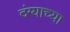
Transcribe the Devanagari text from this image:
दंग्याच्या